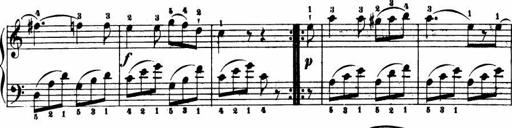
Title: Le bouquetier
Composer: Anton Diabelli
Key: G major
 C major
 F major
 C major